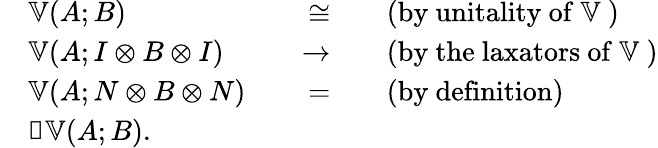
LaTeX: \begin{array}{rlrl}&{𝕍(A;B)}&{\quad\cong}&{\quad\mathrm{(by~unitality~of~𝕍~)}}\\ &{𝕍(A;I⊗B⊗I)}&{\quad\to}&{\quad\mathrm{(by~the~laxators~of~𝕍~)}}\\ &{𝕍(A;N⊗B⊗N)}&{\quad=}&{\quad\mathrm{(by~definition)}}\\ &{𝓝𝕍(A;B).}\end{array}